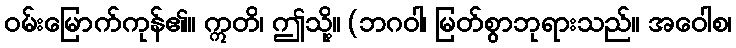
ဝမ်းမြောက်ကုန်၏။ ဣတိ၊ ဤသို့။ (ဘဂဝါ၊ မြတ်စွာဘုရားသည်။ အဝေါစ၊